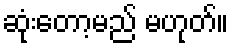
ဆုံးတော့မည် မဟုတ်။